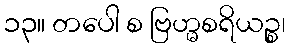
၁၃။ တပေါ စ ဗြဟ္မစရိယဉ္စ၊